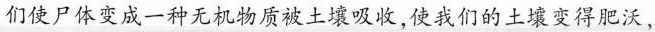
们使尸体变成一种无机物质被土壤吸收，使我们的土壤变得肥沃，